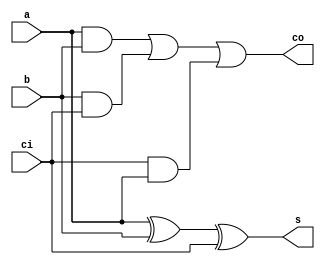
module full_adder(a,b,ci,s,co);
    input a,b,ci;
	output reg s,co;
	
	always@(*)
	    begin
    		s=a^b^ci;
	        co=a&b|b&ci|ci&a;
		end
	
endmodule